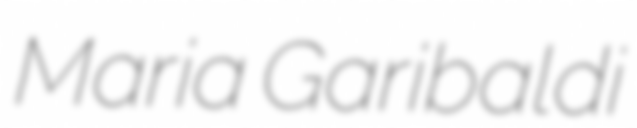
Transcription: Maria Garibaldi